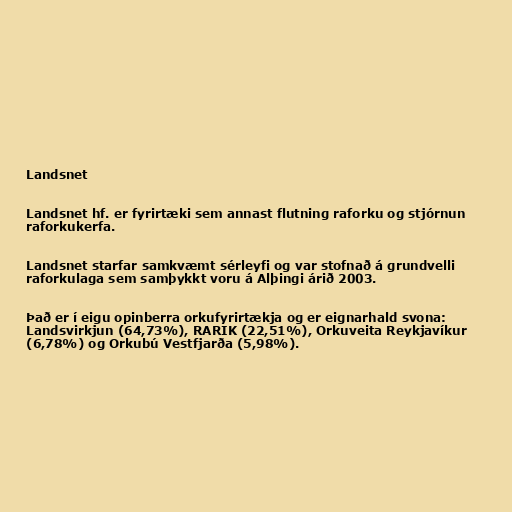
Landsnet

Landsnet hf. er fyrirtæki sem annast flutning raforku og stjórnun
raforkukerfa.

Landsnet starfar samkvæmt sérleyfi og var stofnað á grundvelli
raforkulaga sem samþykkt voru á Alþingi árið 2003.

Það er í eigu opinberra orkufyrirtækja og er eignarhald svona:
Landsvirkjun (64,73%), RARIK (22,51%), Orkuveita Reykjavíkur
(6,78%) og Orkubú Vestfjarða (5,98%).